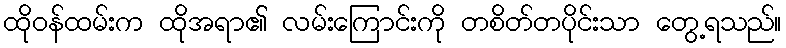
ထိုဝန်ထမ်းက ထိုအရာ၏ လမ်းကြောင်းကို တစိတ်တပိုင်းသာ တွေ့ရသည်။